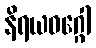
နိရယဝဂ္ဂေါ